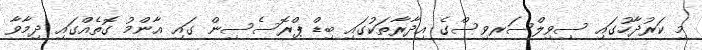
މި ކަރުދާހުގައި ސިވިލްސަރވިސްގެ އިދާރާތަކުގައި ބިޑް ޕްރޮސެސިން ގައި އާންމު ގޮތެއްގައި ދިމާވާ